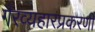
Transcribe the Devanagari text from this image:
गैरव्यहारप्रकरणी